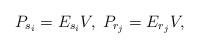
LaTeX: \begin{align*}P_{s_i} =E_{s_i} V, \; P_{r_j} =E_{r_j} V,\end{align*}